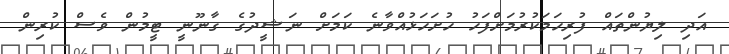
އަދި ލިޔުންތައް ފުރިހަމަކުރުމަށްފަހު ހުށަހަޅުއްވާނެ ކަމަށް ނަޝީދުގެ ގާނޫނީ ޓީމުން ވެސް ކުރިން